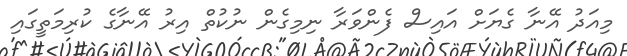
މިއަދު އޭނާ ގެޔަށް އައިސް ފެންވަރާ ނިމިގެން ނުކުތް އިރު އޭނާގެ ކުރިމަތީގައި